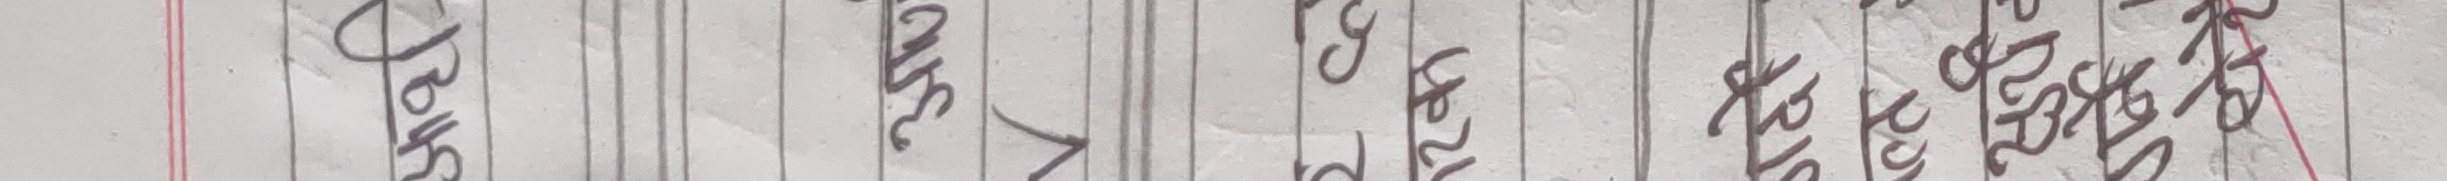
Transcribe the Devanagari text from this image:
डायनामिक
क्यामेरा
उद्योग